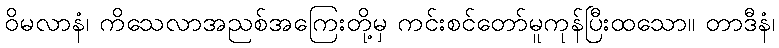
ဝိမလာနံ၊ ကိသေလာအညစ်အကြေးတို့မှ ကင်းစင်တော်မူကုန်ပြီးထသော။ တာဒီနံ၊